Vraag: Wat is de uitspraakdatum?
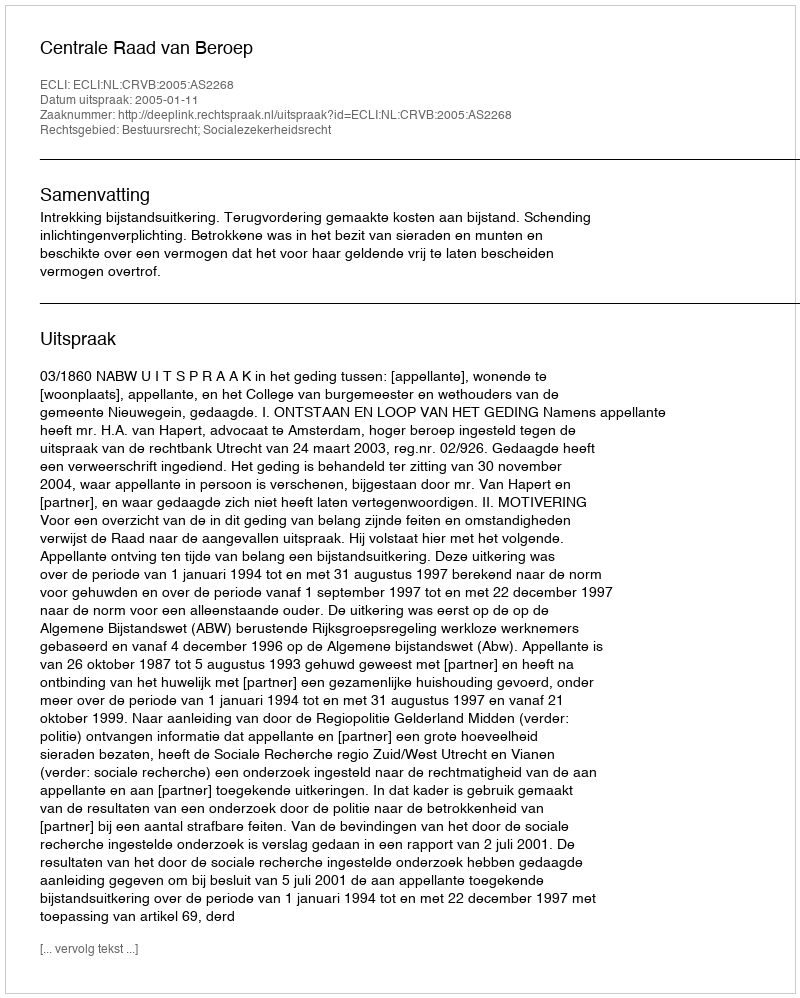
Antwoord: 2005-01-11